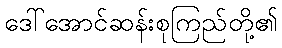
ဒေါ်အောင်ဆန်းစုကြည်တို့၏